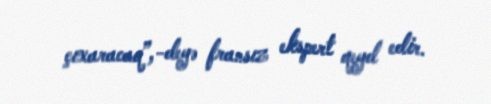
çıxaracaq”,-deyə fransız ekspert qeyd edir.